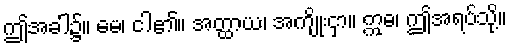
ဤအခါ၌။ မေ၊ ငါ၏။ အတ္ထာယ၊ အကျိုးငှာ။ ဣဓ၊ ဤအရပ်သို့။